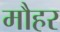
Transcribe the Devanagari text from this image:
मौहर